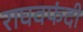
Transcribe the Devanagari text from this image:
राघवफंदी